Report on horse surra - Volume II, Part II
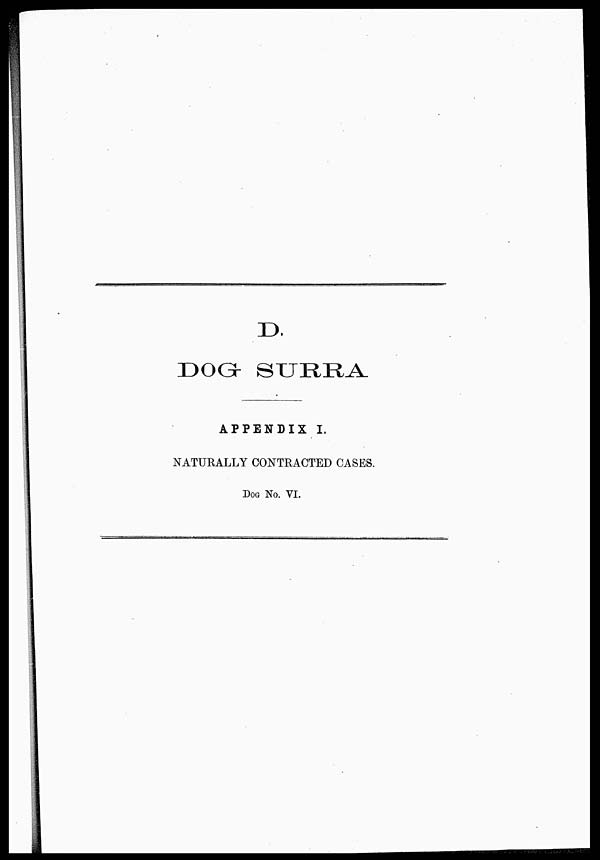
D.
DOG
SURRA
APPENDIX I.
NATURALLY CONTRACTED CASES.
DOG No. VI.